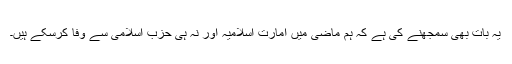
یہ بات بھی سمجھنے کی ہے کہ ہم ماضی میں امارتِ اسلامیہ اور نہ ہی حزبِ اسلامی سے وفا کرسکے ہیں۔